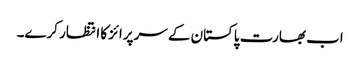
اب بھارت پاکستان کے سرپرائز کا انتظار کرے۔